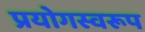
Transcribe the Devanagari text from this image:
प्रयोगस्वरूप